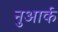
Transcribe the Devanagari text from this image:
नुआर्क